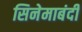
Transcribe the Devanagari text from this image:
सिनेमाबंदी